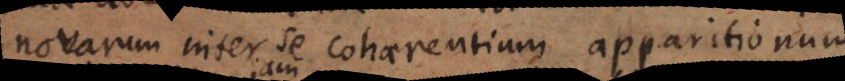
novarum inter se cohaerentium apparitionum